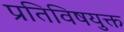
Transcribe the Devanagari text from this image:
प्रतिविषयुक्त